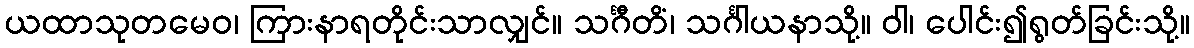
ယထာသုတမေဝ၊ ကြားနာရတိုင်းသာလျှင်။ သင်္ဂီတိံ၊ သင်္ဂါယနာသို့။ ဝါ၊ ပေါင်း၍ရွတ်ခြင်းသို့။